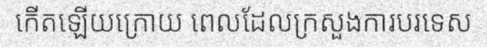
កើតឡើយក្រោយ ពេលដែលក្រសួងការបរទេស